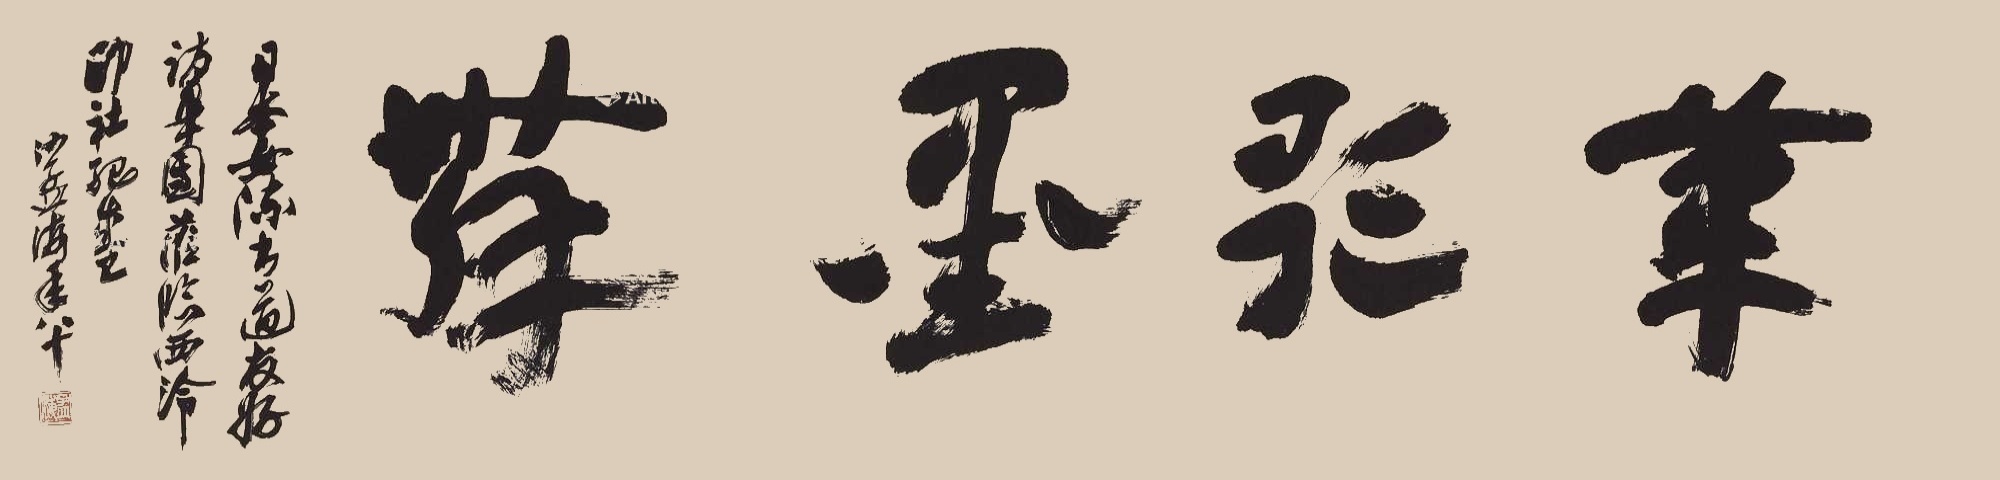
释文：笔歌墨舞。日本女陈书道友好访华团莅临西泠印社纪盛，沙孟海年八十。